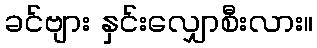
ခင်ဗျား နှင်းလျှောစီးလား။